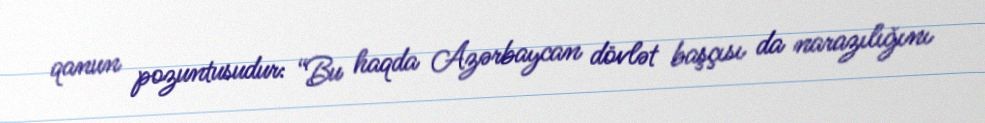
qanun pozuntusudur: “Bu haqda Azərbaycan dövlət başçısı da narazılığını